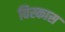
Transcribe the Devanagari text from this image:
विस्कास